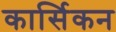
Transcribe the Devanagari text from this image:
कार्सिकन